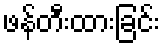
ဖန်တီးထားခြင်း